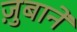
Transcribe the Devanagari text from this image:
ज़ुबानें